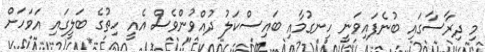
މި ދިރާސާގައި ބުނެފައިވަނީ ހިނގުމާއި ބައިސްކަލު ދުއްވުންވެސް އެއީ ހިތުގެ ބަލީގައި އަވަހަށް